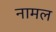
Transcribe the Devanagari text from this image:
नामल